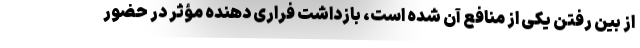
از بین رفتن یکی از منافع آن شده است، بازداشت فراری دهنده مؤثر در حضور